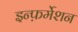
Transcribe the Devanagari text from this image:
इन्फ़र्मेशन